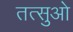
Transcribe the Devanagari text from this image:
तत्सुओ